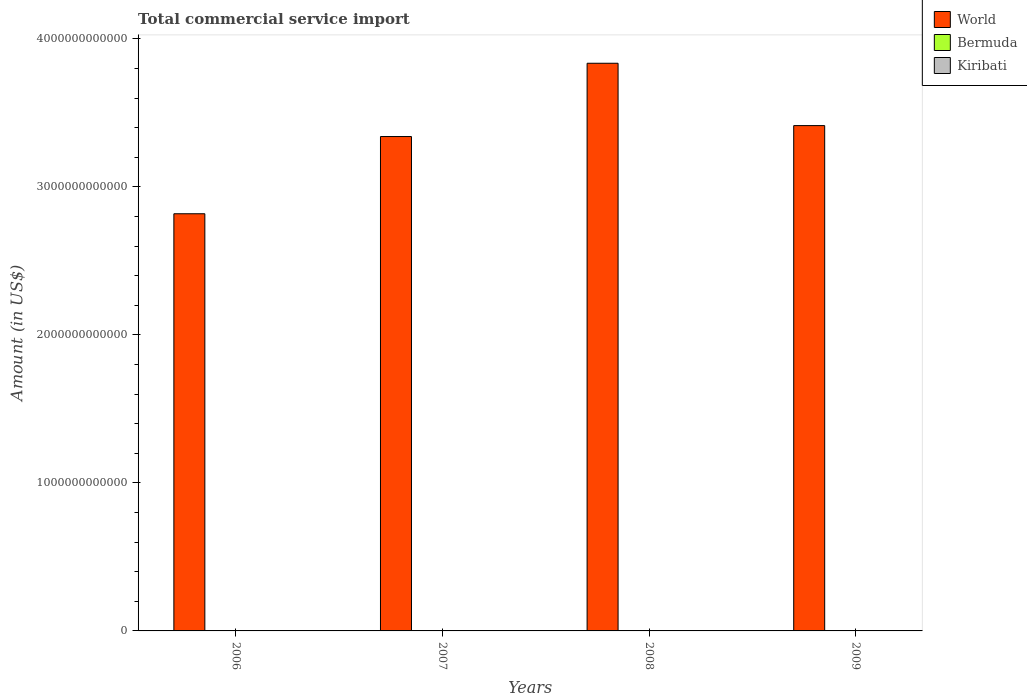
| Years | World | Bermuda | Kiribati |
 | --- | --- | --- | --- |
 | 2006 | 2.82e+12 | 8.37e+08 | 3.01e+07 |
 | 2007 | 3.34e+12 | 1.09e+09 | 4.14e+07 |
 | 2008 | 3.83e+12 | 1.02e+09 | 4.74e+07 |
 | 2009 | 3.41e+12 | 9.66e+08 | 4.27e+07 |